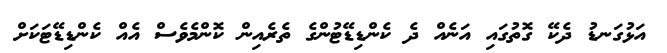
އަޅުގަނޑު ދެކޭ ގޮތުގައި އަނެއް ދެ ކެންޑިޑޭޓުންގެ ތެރެއިން ކޮންމެވެސް އެއް ކެންޑިޑޭޓަކަށް